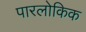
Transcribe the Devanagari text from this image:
पारलोकिक